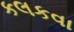
કલકવા